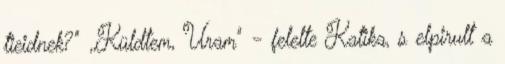
tieidnek?" ,,Küldtem, Uram" - felelte Katika, s elpirult a